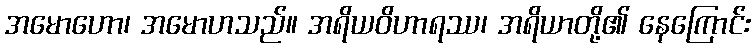
အမောဟော၊ အမောဟသည်။ အရိယဝိဟာရဿ၊ အရိယာတို့၏ နေကြောင်း